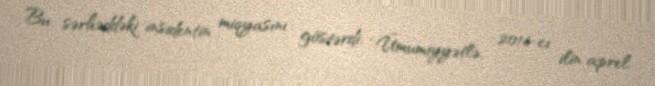
Bu sərhəddəki insidentin miqyasını göstərdi: “Ümumiyyətlə, 2016-cı ilin aprel